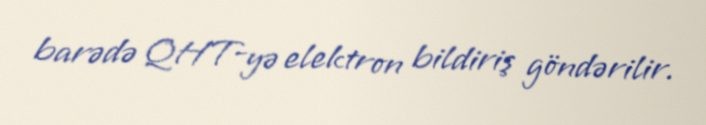
barədə QHT-yə elektron bildiriş göndərilir.